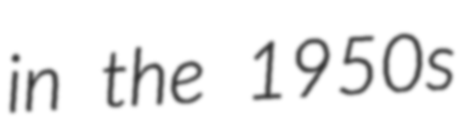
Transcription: in the 1950s